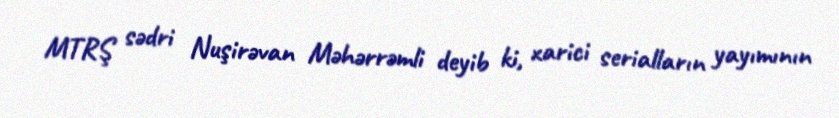
MTRŞ sədri Nuşirəvan Məhərrəmli deyib ki, xarici serialların yayımının